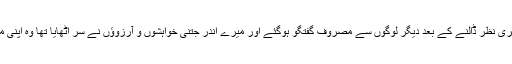
وہ مجھ پر سرسری نظر ڈالنے کے بعد دیگر لوگوں سے مصروفِ گفتگو ہوگئے اور میرے اندر جتنی خواہشوں و آرزوؤں نے سر اٹھایا تھا وہ اپنی موت آپ مرگئیں۔